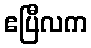
ဧပြီလက